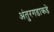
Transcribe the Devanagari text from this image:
अंतुरगडाकडे